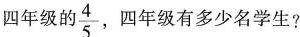
四年级的\frac{4}{5} ，四年级有多少名学生?